Scientific memoirs by medical officers of the Army of India - Part X,
Year: 1897
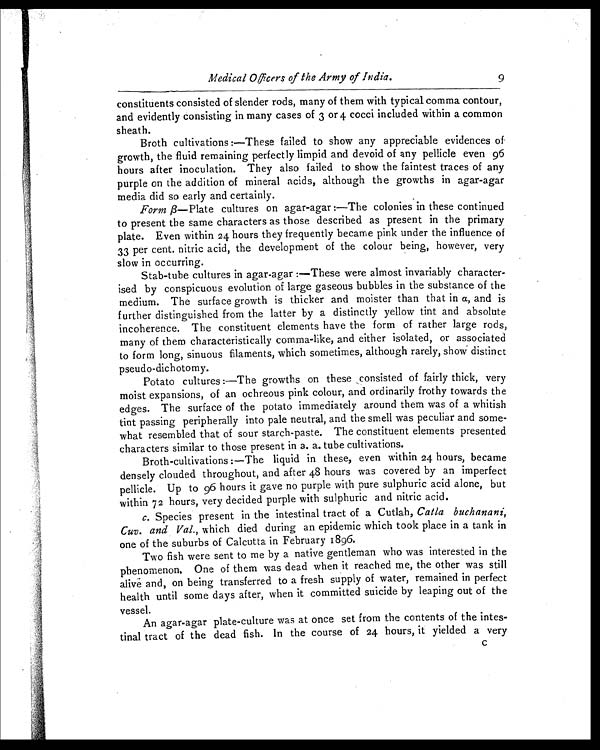
Me d i c a l Of f i c e r s o f t h e Ar my o f I n d i a . 9
constituents consisted of slender rods, many of them with typical comma contour,
and evidently consisting in many cases of 3 or 4 cocci included within a common
sheath.
Broth cultivations :—These failed to show any appreciable evidences of
growth, the fluid remaining perfectly limpid and devoid of any pellicle even 96
hours after inoculation. They also failed to show the faintest traces of any
purple on the addition of mineral acids, although the growths in agar-agar
media did so early and certainly.
Form β—Plate cultures on agar-agar :—The colonies in these continued
to present the same characters as those described as present in the primary
plate. Even within 24 hours they frequently became pink under the influence of
33 per cent. nitric acid, the development of the colour being, however, very
slow in occurring.
Stab-tube cultures in agar-agar :—These were almost invariably character-
ised by conspicuous evolution of large gaseous bubbles in the substance of the
medium. The surface growth is thicker and moister than that in α ,
a n d i s
further distinguished from the latter by a distinctly yellow tint and absolute
incoherence. The constituent elements have the form of rather large rods,
many of them characteristically comma-like, and either isolated, or associated
to form long, sinuous filaments, which sometimes, although rarely, show distinct
pseudo dichotomy.
Potato cultures :—The growths on these consisted of fairly thick, very
moist expansions, of an ochreous pink colour, and ordinarily frothy towards the
edges. The surface of the potato immediately around them was of a whitish
tint passing peripherally into pale neutral, and the smell was peculiar and some
- w h a t r e s e m b l e d t h a t o f s o u r s t a r c h - p a s t e . T h e c o n s t i t u e n t e l e m e n t s p r e s e n t e d
characters similar to those present in a. a. tube cultivations.
Broth-cultivations :—The liquid in these, even within 24 hours, became
densely clouded throughout, and after 48 hours was covered by an imperfect
pellicle. Up to 96 hours it gave no purple with pure sulphuric acid alone, but
within 72 hours, very decided purple with sulphuric and nitric acid.
c . Species present in the intestinal tract of a Cutlah, Catla buchanani,
Cuv. and Val ., which died during an epidemic which took place in a tank in
one of the suburbs of Calcutta in February 1896.
Two fish were sent to me by a native gentleman who was interested in the
phenomenon, One of them was dead when it reached me, the other was still
alive and, on being transferred to a fresh supply of water, remained in perfect
health until some days after, when it committed suicide by leaping out of the
vessel.
An agar-agar plate-culture was at once set from the contents of the intes
- t i n a l t r a c t o f t h e d e a d f i s h . I n t h e c o u r s e o f 2 4 h o u r s , i t y i e l d e d a v e r y
C